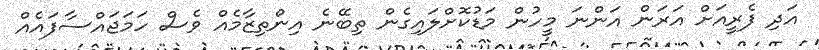
އަދި ފެރީއަށް އަރަން އަންނަ މީހުން މަޑުކޮށްލައިގެން ތިބޭނެ އިންތިޒާމެއް ވެސް ހަމަޖައްސާފައެއް